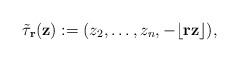
LaTeX: \begin{align*}\tilde{\tau}_{{\bf r}}({\bf z}):=(z_2,\ldots,z_{n},-\lfloor {\bf r}{\bf z}\rfloor),\end{align*}